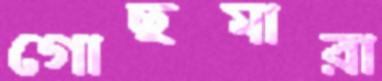
গোছমারা